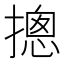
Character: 摠